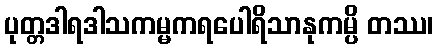
ပုတ္တဒါရဒါသကမ္မကရပေါရိသာနုကမ္ပိ တဿ၊